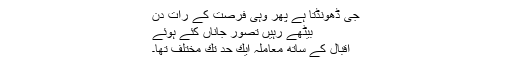
جی ڈھونڈتا ہے پھر وہی فرصت كے رات دن
بیٹھے رہیں تصورِ جاناں كئے ہوئے
اقبال كے ساتھ معاملہ ایك حد تك مختلف تھا۔